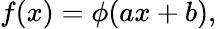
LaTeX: f(x)=\phi(ax+b),